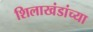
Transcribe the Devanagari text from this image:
शिलाखंडांच्या